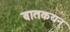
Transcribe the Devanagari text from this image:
बातकयन्